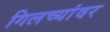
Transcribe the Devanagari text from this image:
गिलच्यांवर